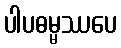
ပါပဓမ္မဿပေ